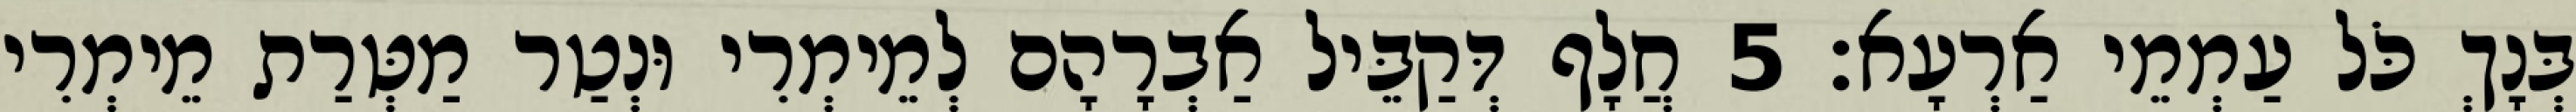
בְּנָךְ כֹּל עַמְמֵי אַרְעָא׃ 5 חֲלָף דְּקַבֵּיל אַבְרָהָם לְמֵימְרִי וּנְטַר מַטְּרַת מֵימְרִי